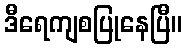
ဒီရေကျစပြုနေပြီ။